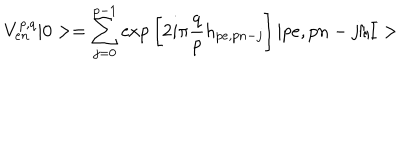
LaTeX: V _ { e n } ^ { p , q } | 0 > = \sum _ { j = 0 } ^ { p - 1 } \mathrm { e x p } \left[ 2 i \pi \frac { q } { p } h _ { p e , p n - j } \right] | p e , p n - j / I >